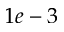
1 e - 3